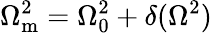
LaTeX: \Omega_{\mathrm{m}}^{2}=\Omega_{0}^{2}+\delta(\Omega^{2})